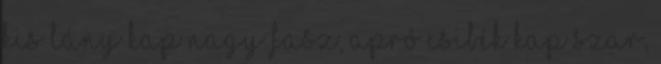
kis lány kap nagy fasz, apró csibék kap szar,